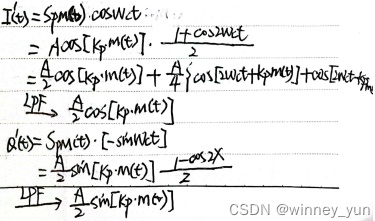
\[
\begin{align*}
I(s)&=S_{PM}(t)\cdot\cos\omega_{c}t\\
&=A\cos[K_{p}m(t)]\cdot\frac{1 + \cos2\omega_{c}t}{2}\\
&=\frac{A}{2}\cos[K_{p}m(t)]+\frac{A}{4}\cos[2\omega_{c}t + K_{p}m(t)]+\frac{A}{4}\cos[K_{p}m(t)]\\
&\xrightarrow{LPF}\frac{A}{2}\cos[K_{p}m(t)]\\
Q(s)&=S_{PM}(t)\cdot[-\sin\omega_{c}t]\\
&=\frac{A}{2}\sin[K_{p}m(t)]\frac{1-\cos2\omega_{c}t}{2}\\
&\xrightarrow{LPF}\frac{A}{2}\sin[K_{p}m(t)]
\end{align*}
\]
CSDN@winney_yun